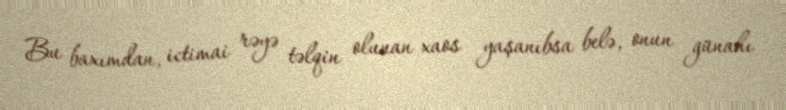
Bu baxımdan, ictimai rəyə təlqin olunan xaos yaşanıbsa belə, onun günahı